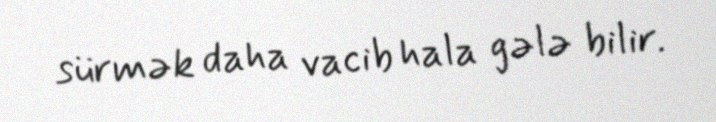
sürmək daha vacib hala gələ bilir.